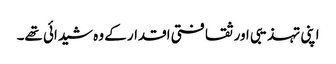
اپنی تہذیبی اور ثقافتی اقدار کے وہ شیدائی تھے۔